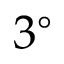
3 ^ { \circ }